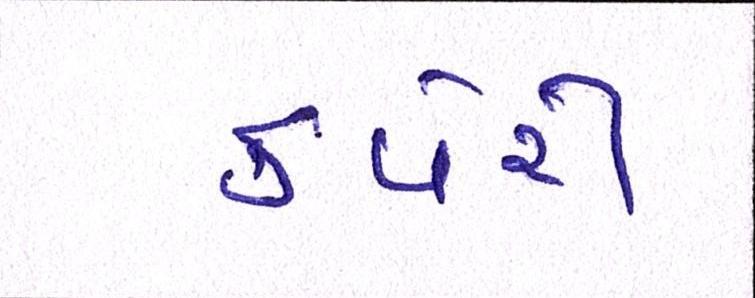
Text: કવેરી